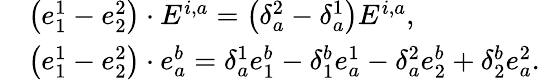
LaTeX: \begin{array}{rl}&{\bigl(e_{1}^{1}-e_{2}^{2}\bigr)\cdot E^{i,a}=\bigl(\delta_{a}^{2}-\delta_{a}^{1}\bigr)E^{i,a},}\\ &{\bigl(e_{1}^{1}-e_{2}^{2}\bigr)\cdot e_{a}^{b}=\delta_{a}^{1}e_{1}^{b}-\delta_{1}^{b}e_{a}^{1}-\delta_{a}^{2}e_{2}^{b}+\delta_{2}^{b}e_{a}^{2}.}\end{array}